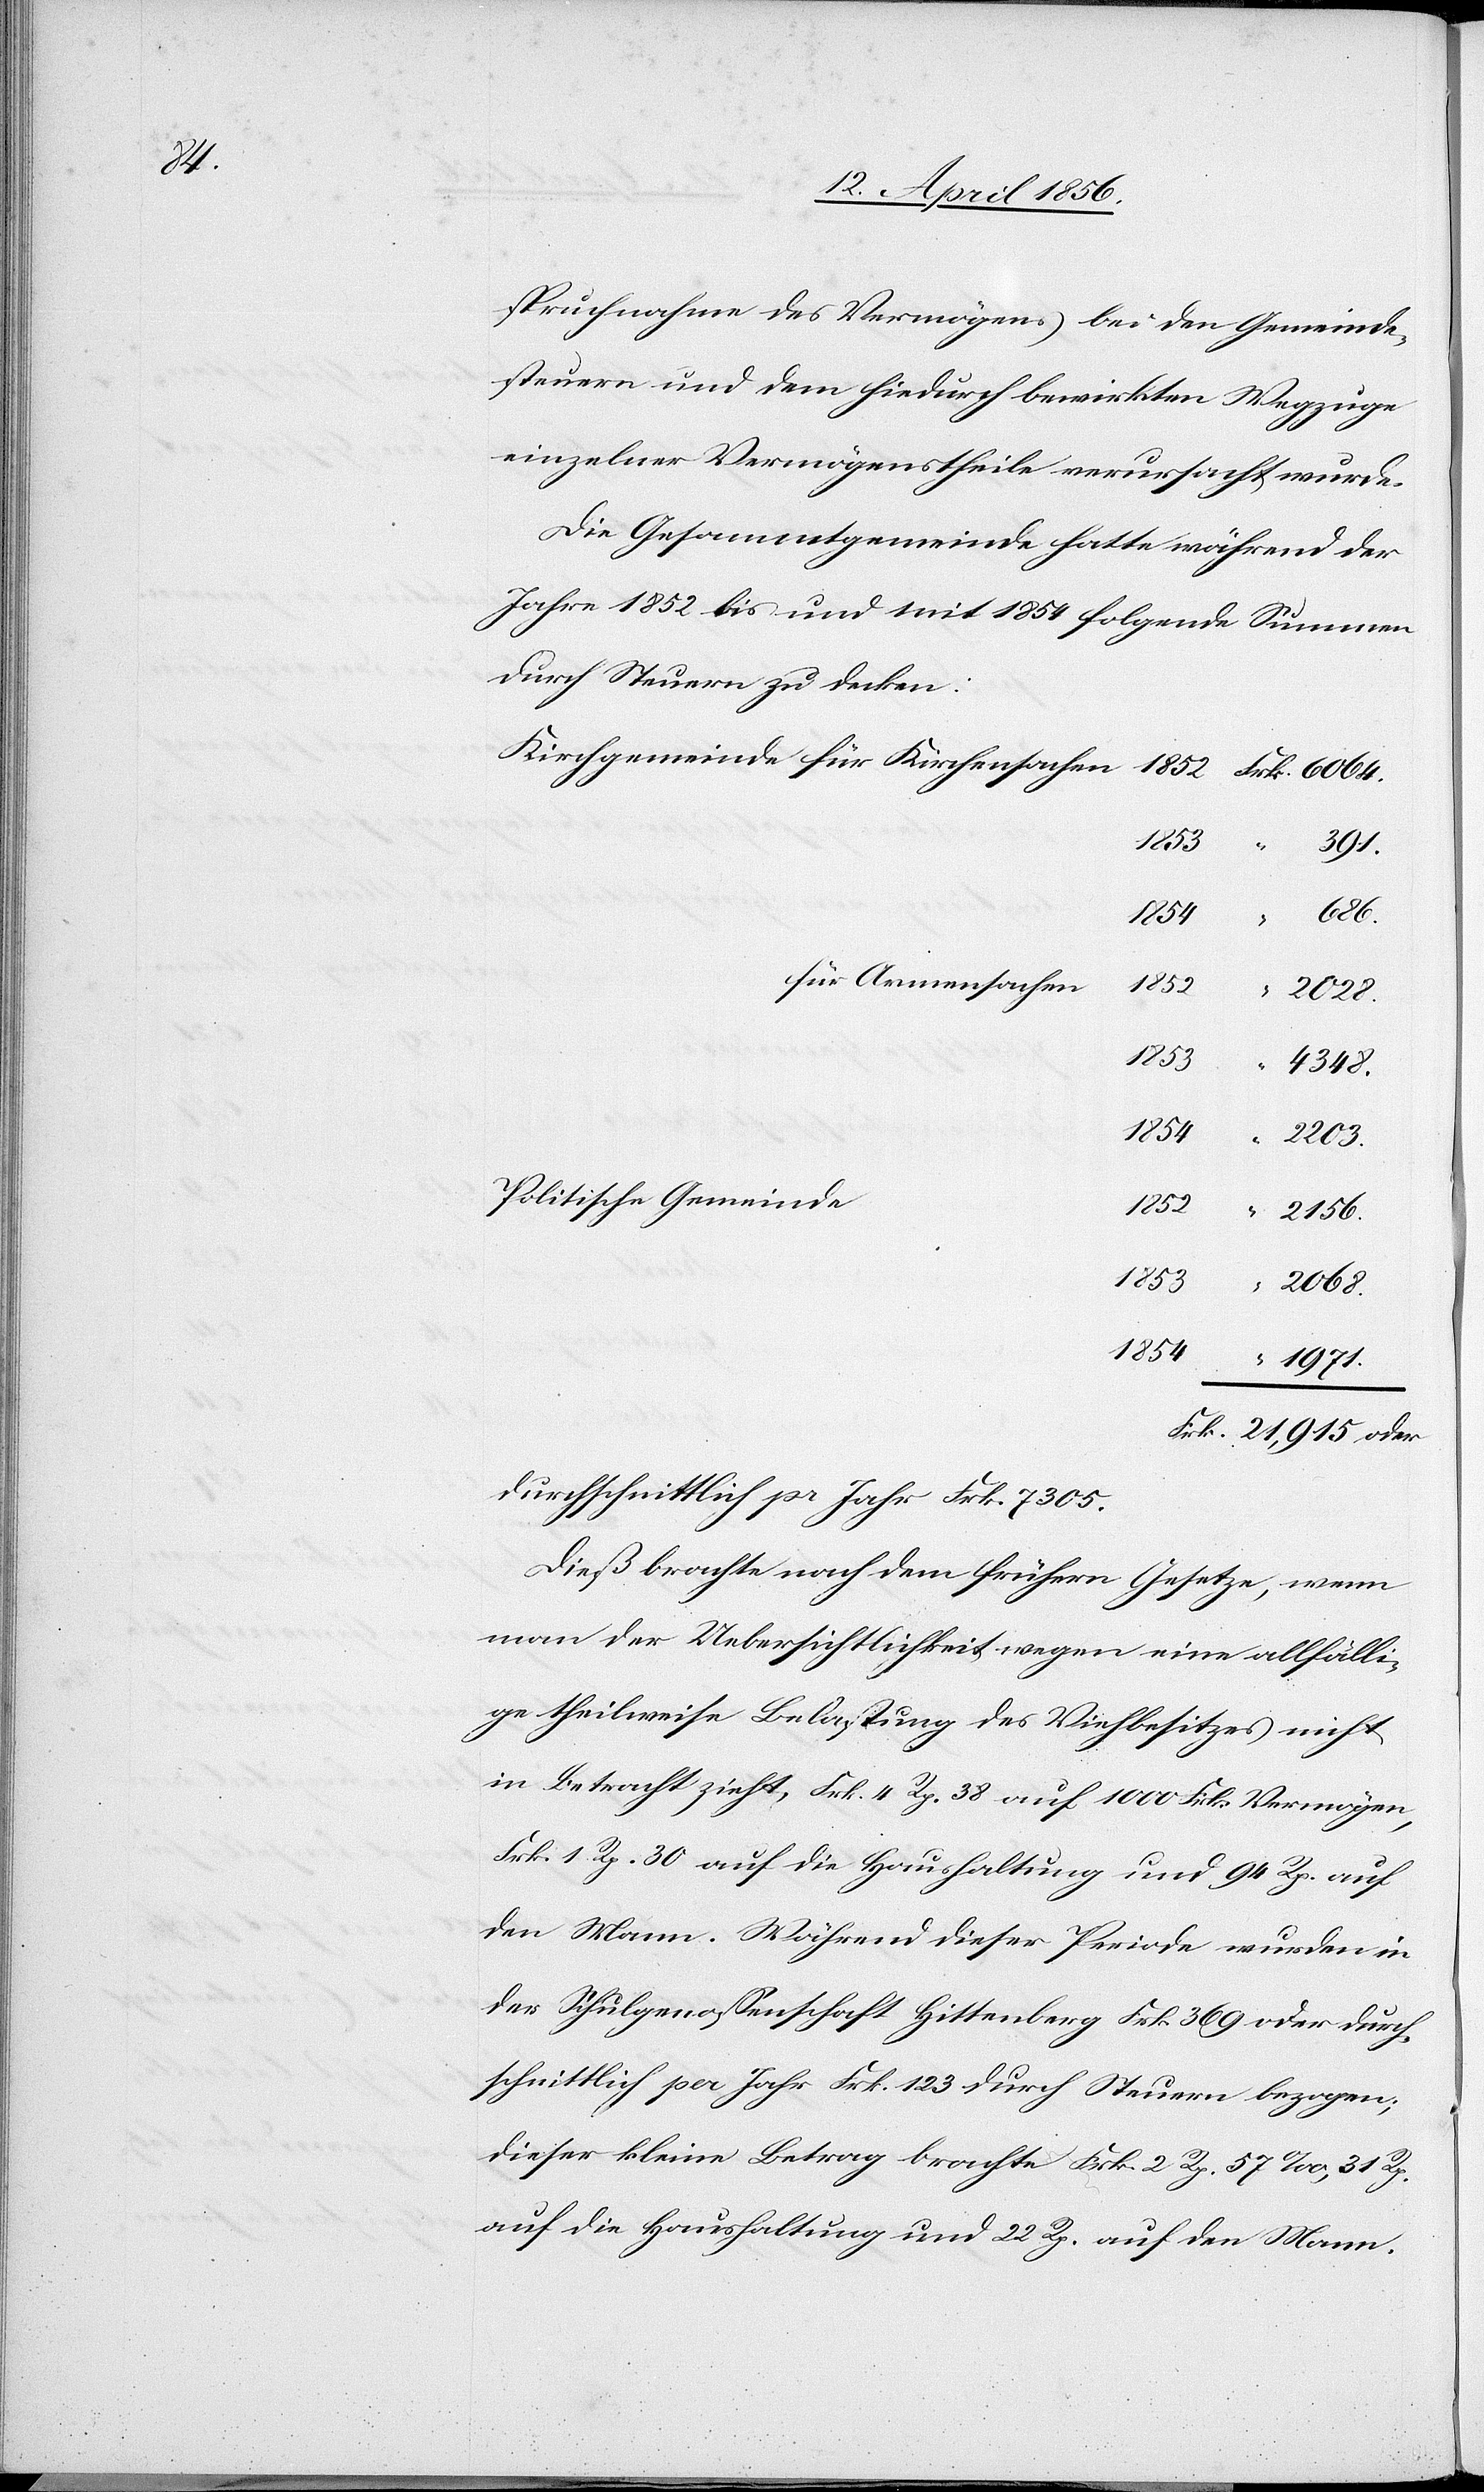
1971.

spruchnahme des Vermögens bei der Gemeinde¬
steuern und dem hiedurch bewirkten Wegzuge
einzelner Vermögenstheile verursacht wurde.
Die Gesammtgemeinde hatte während der
Jahre 1852 bis und mit 1854 folgende Summen
durch Steuern zu decken:
1853
2068.
für Armensachen
1852
1854
Politische Gemeinde
durchschnittlich pr Jahr Frk. 7305.
Dieß brachte nach dem frühern Gesetze, wenn
man der Uebersichtlichkeit wegen eine allfälli¬
ge theilweise Belastung des Viehbesitzes nicht
in Betracht zieht, Frk. 4 Rp. 38 auf 1000 Frk. Vermögen,
Frk. 1 Rp. 30 auf die Haushaltung und 94 Rp. auf
den Mann. Während dieser Periode wurden in
der Schulgenossenschaft Hittenberg Frk. 369 oder durch¬
schnittlich per Jahr Frk. 123 durch Steuern bezogen;
dieser kleine Betrag brachte Frk. 2 Rp. 57 ‰, 31 Rp.
auf die Haushaltung und 22 Rp. auf den Mann.